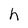
Character: h